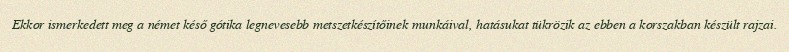
Ekkor ismerkedett meg a német késő gótika legnevesebb metszetkészítőinek munkáival, hatásukat tükrözik az ebben a korszakban készült rajzai.